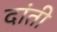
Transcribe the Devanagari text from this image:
दांती